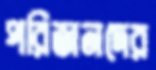
পরিজনদের